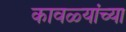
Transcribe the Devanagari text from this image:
कावळ्यांच्या